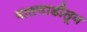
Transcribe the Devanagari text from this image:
मालगाडीतून